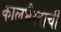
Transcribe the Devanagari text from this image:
कालभैरवाची